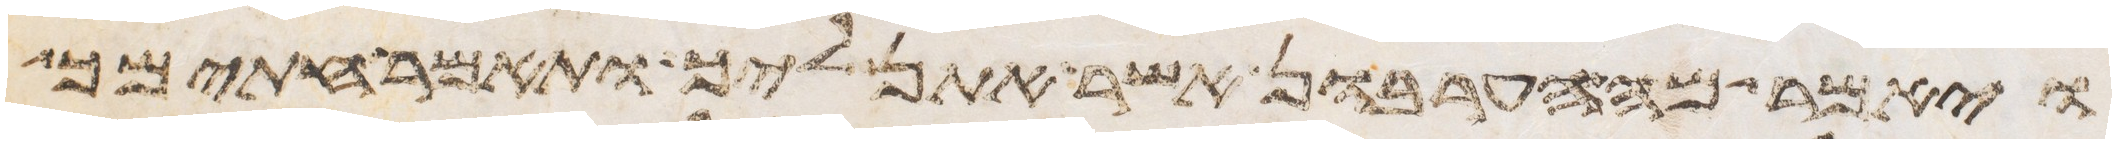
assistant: ויאמר מה הערבון אשר אתן ליך ותאמר חתימך